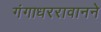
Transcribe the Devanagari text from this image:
गंगाधररावानने